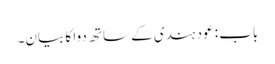
باب : عود ہندی کے ساتھ دوا کا بیان۔